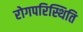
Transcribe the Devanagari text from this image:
रोगपरिस्थिति